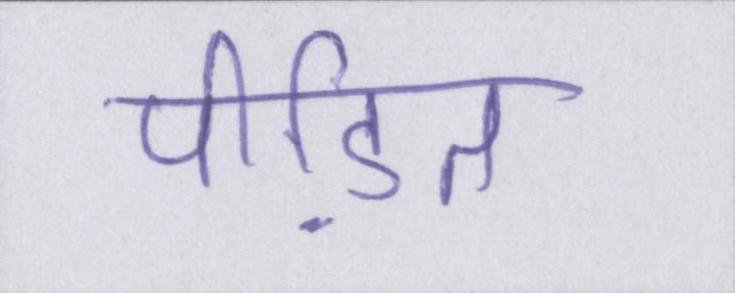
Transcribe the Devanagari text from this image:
पीडि़त